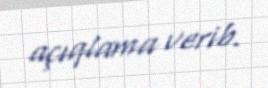
açıqlama verib.